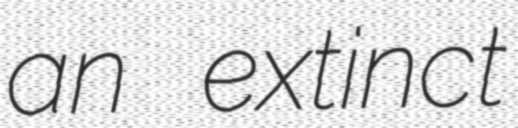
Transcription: an extinct